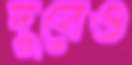
দুবেও